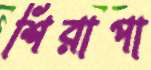
শিরাপা